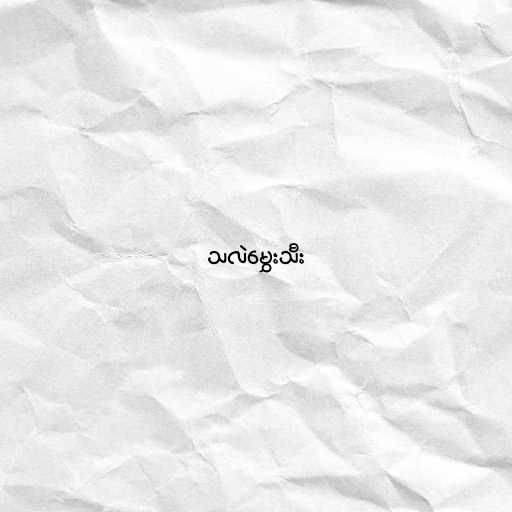
သလဲမွှေးသီး